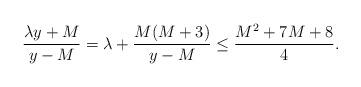
LaTeX: \begin{align*} \frac{\lambda y +M}{y-M} = \lambda + \frac{M(M+3)}{y-M} \le \frac{M^2+7M+8}{4}.\end{align*}